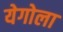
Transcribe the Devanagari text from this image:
येगोला